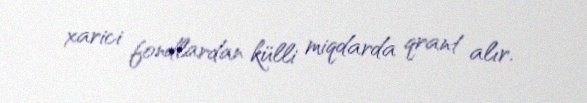
xarici fondlardan külli miqdarda qrant alır.